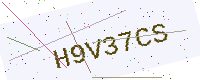
Text: H9V37CS